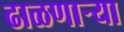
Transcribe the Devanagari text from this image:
ढाळणाऱ्या